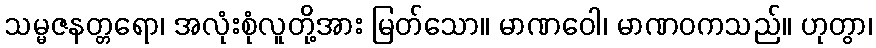
သမ္မဇနတ္တရော၊ အလုံးစုံလူတို့အား မြတ်သော။ မာဏဝေါ၊ မာဏဝကသည်။ ဟုတွာ၊